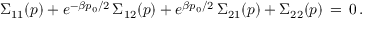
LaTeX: \Sigma _ { 1 1 } ( p ) + e ^ { - \beta p _ { 0 } / 2 } \, \Sigma _ { 1 2 } ( p ) + e ^ { \beta p _ { 0 } / 2 } \, \Sigma _ { 2 1 } ( p ) + \Sigma _ { 2 2 } ( p ) \, = \, 0 \, .